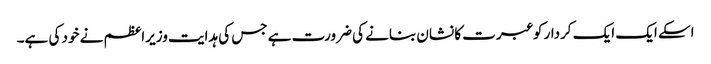
اسکے ایک ایک کردار کو عبرت کا نشان بنانے کی ضرورت ہے جس کی ہدایت وزیراعظم نے خود کی ہے۔